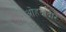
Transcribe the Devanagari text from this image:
ओहदादार